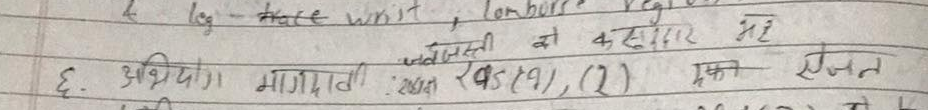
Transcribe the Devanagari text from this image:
जन्मी को काहापर है
६. अभियोग मागत खण्ड (१), (२) एक जन